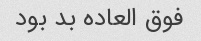
فوق العاده بد بود